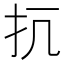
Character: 𢪁